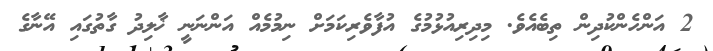
2 އަންހެންކުދިން ތިބެއެވެ. މިދިރިއުޅުމުގެ އުފާވެރިކަމަށް ނިމުމެއް އަންނަނީ ޚާލިދު ގާތުގައި އޭނާގެ